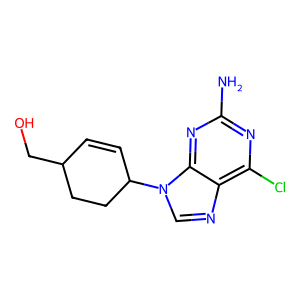
SMILES: Nc1nc(Cl)c2ncn(C3C=CC(CO)CC3)c2n1
Inhibits HIV replication: No